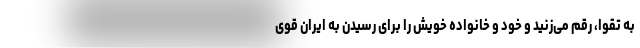
به تقوا، رقم می‌زنید و خود و خانواده خویش را برای رسیدن به ایران قوی